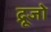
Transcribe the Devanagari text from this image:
द्रूजो